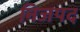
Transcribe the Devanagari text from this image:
निजपद